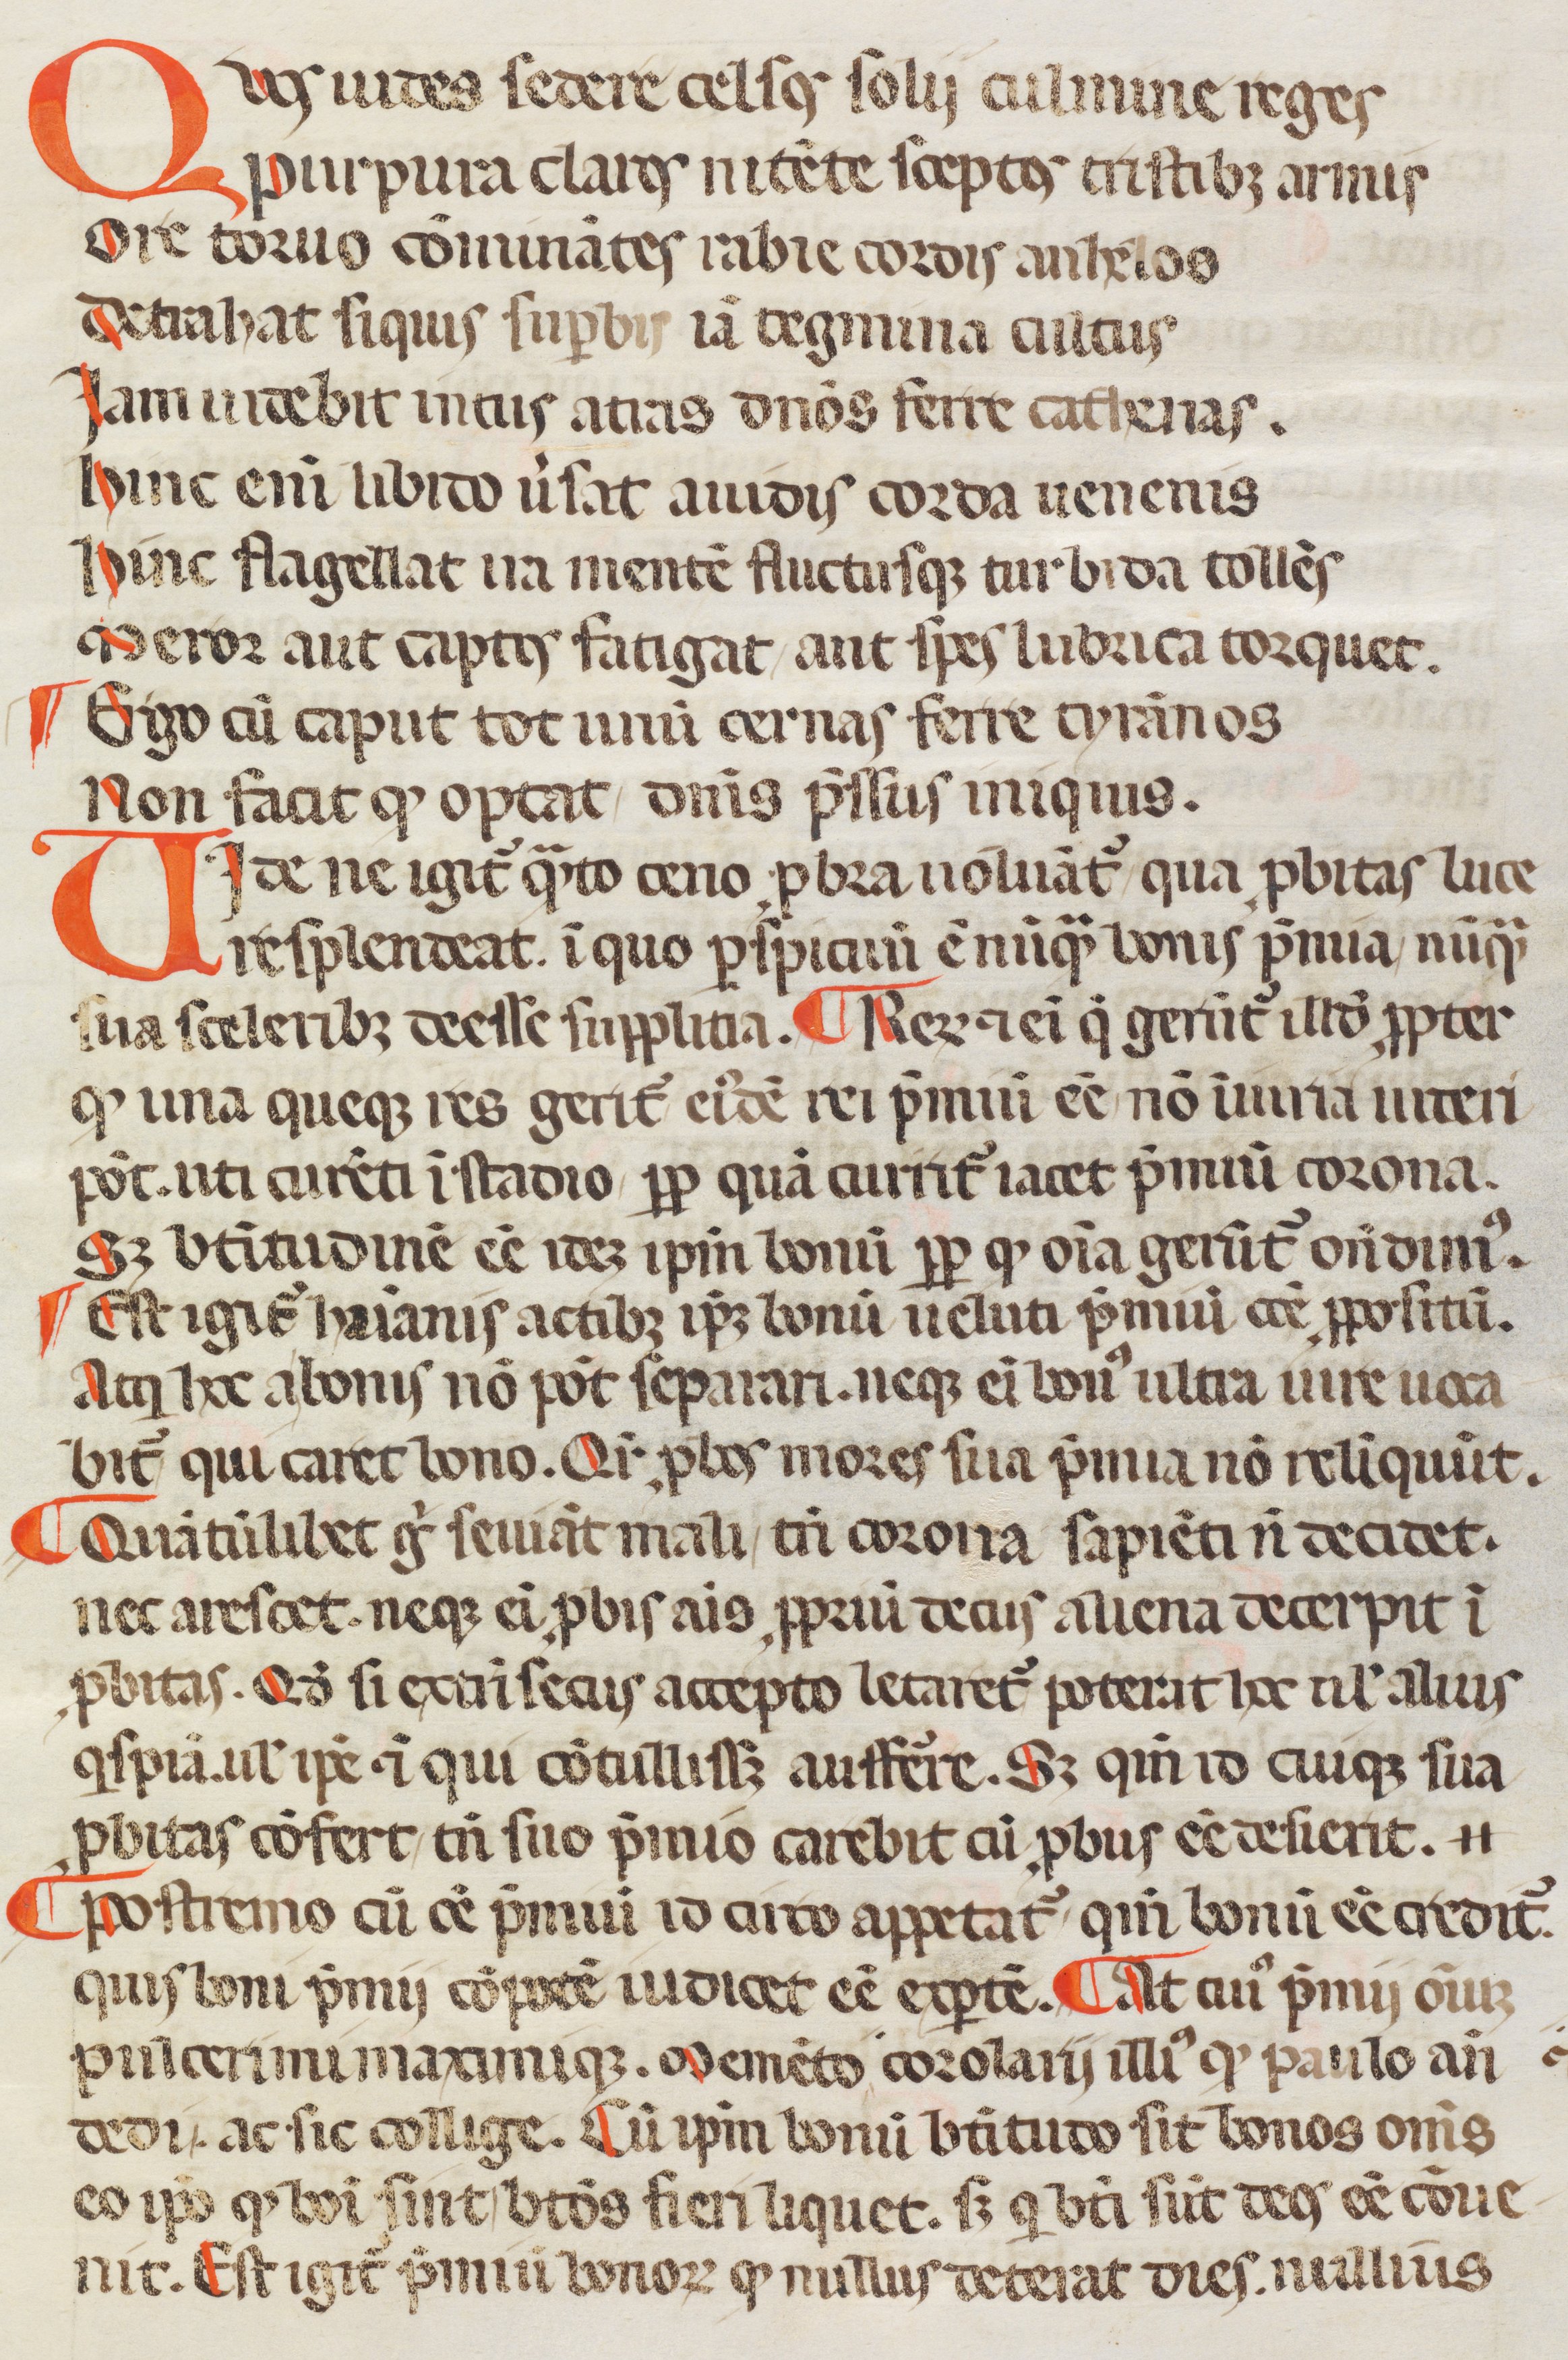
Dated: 1350–1399